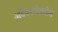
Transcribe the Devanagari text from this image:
अर्टैक्सरेक्सेज